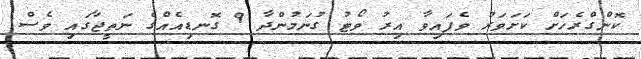
ކޮންގްރެހަށް ކަށަވަރު ވެފައިވާ އިރު ވޯޓު ގުނަމުންދާ 9 ގޮނޑިއެއްގެ ނަތީޖާގައި ވެސް